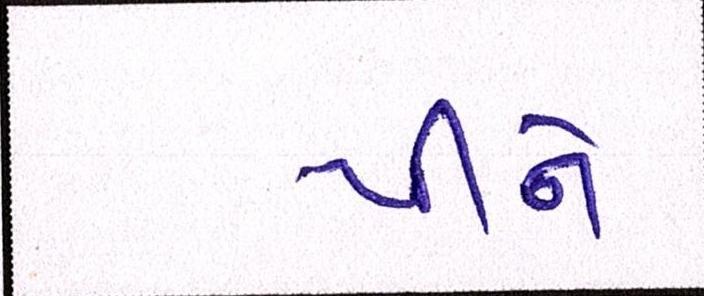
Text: પીને